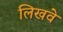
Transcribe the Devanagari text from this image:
लिखवे